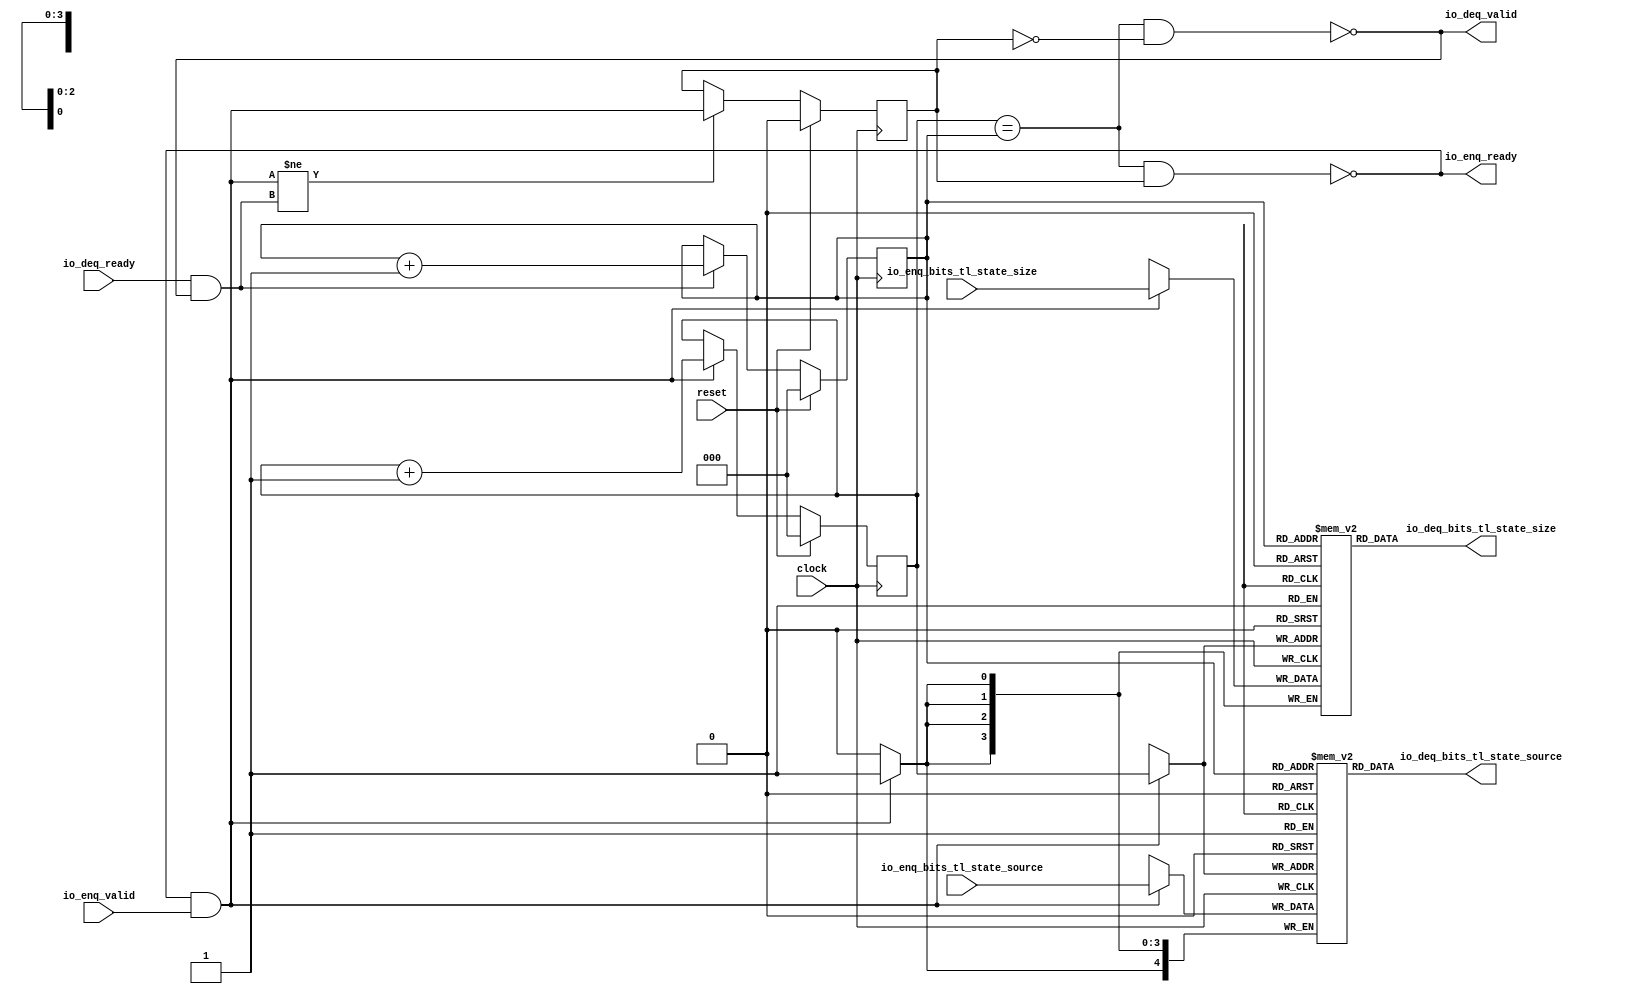
module QueueCompatibility_1( // @[:freechips.rocketchip.system.DefaultRV32Config.fir@22804.2]
  input        clock, // @[:freechips.rocketchip.system.DefaultRV32Config.fir@22805.4]
  input        reset, // @[:freechips.rocketchip.system.DefaultRV32Config.fir@22806.4]
  output       io_enq_ready, // @[:freechips.rocketchip.system.DefaultRV32Config.fir@22807.4]
  input        io_enq_valid, // @[:freechips.rocketchip.system.DefaultRV32Config.fir@22807.4]
  input  [3:0] io_enq_bits_tl_state_size, // @[:freechips.rocketchip.system.DefaultRV32Config.fir@22807.4]
  input  [4:0] io_enq_bits_tl_state_source, // @[:freechips.rocketchip.system.DefaultRV32Config.fir@22807.4]
  input        io_deq_ready, // @[:freechips.rocketchip.system.DefaultRV32Config.fir@22807.4]
  output       io_deq_valid, // @[:freechips.rocketchip.system.DefaultRV32Config.fir@22807.4]
  output [3:0] io_deq_bits_tl_state_size, // @[:freechips.rocketchip.system.DefaultRV32Config.fir@22807.4]
  output [4:0] io_deq_bits_tl_state_source // @[:freechips.rocketchip.system.DefaultRV32Config.fir@22807.4]
);
`ifdef RANDOMIZE_MEM_INIT
  reg [31:0] _RAND_0;
  reg [31:0] _RAND_1;
`endif // RANDOMIZE_MEM_INIT
`ifdef RANDOMIZE_REG_INIT
  reg [31:0] _RAND_2;
  reg [31:0] _RAND_3;
  reg [31:0] _RAND_4;
`endif // RANDOMIZE_REG_INIT
  reg [3:0] ram_tl_state_size [0:7]; // @[Decoupled.scala 209:16:freechips.rocketchip.system.DefaultRV32Config.fir@22812.4]
  wire [3:0] ram_tl_state_size__T_11_data; // @[Decoupled.scala 209:16:freechips.rocketchip.system.DefaultRV32Config.fir@22812.4]
  wire [2:0] ram_tl_state_size__T_11_addr; // @[Decoupled.scala 209:16:freechips.rocketchip.system.DefaultRV32Config.fir@22812.4]
  wire [3:0] ram_tl_state_size__T_3_data; // @[Decoupled.scala 209:16:freechips.rocketchip.system.DefaultRV32Config.fir@22812.4]
  wire [2:0] ram_tl_state_size__T_3_addr; // @[Decoupled.scala 209:16:freechips.rocketchip.system.DefaultRV32Config.fir@22812.4]
  wire  ram_tl_state_size__T_3_mask; // @[Decoupled.scala 209:16:freechips.rocketchip.system.DefaultRV32Config.fir@22812.4]
  wire  ram_tl_state_size__T_3_en; // @[Decoupled.scala 209:16:freechips.rocketchip.system.DefaultRV32Config.fir@22812.4]
  reg [4:0] ram_tl_state_source [0:7]; // @[Decoupled.scala 209:16:freechips.rocketchip.system.DefaultRV32Config.fir@22812.4]
  wire [4:0] ram_tl_state_source__T_11_data; // @[Decoupled.scala 209:16:freechips.rocketchip.system.DefaultRV32Config.fir@22812.4]
  wire [2:0] ram_tl_state_source__T_11_addr; // @[Decoupled.scala 209:16:freechips.rocketchip.system.DefaultRV32Config.fir@22812.4]
  wire [4:0] ram_tl_state_source__T_3_data; // @[Decoupled.scala 209:16:freechips.rocketchip.system.DefaultRV32Config.fir@22812.4]
  wire [2:0] ram_tl_state_source__T_3_addr; // @[Decoupled.scala 209:16:freechips.rocketchip.system.DefaultRV32Config.fir@22812.4]
  wire  ram_tl_state_source__T_3_mask; // @[Decoupled.scala 209:16:freechips.rocketchip.system.DefaultRV32Config.fir@22812.4]
  wire  ram_tl_state_source__T_3_en; // @[Decoupled.scala 209:16:freechips.rocketchip.system.DefaultRV32Config.fir@22812.4]
  reg [2:0] enq_ptr_value; // @[Counter.scala 29:33:freechips.rocketchip.system.DefaultRV32Config.fir@22813.4]
  reg [2:0] deq_ptr_value; // @[Counter.scala 29:33:freechips.rocketchip.system.DefaultRV32Config.fir@22814.4]
  reg  maybe_full; // @[Decoupled.scala 212:27:freechips.rocketchip.system.DefaultRV32Config.fir@22815.4]
  wire  ptr_match; // @[Decoupled.scala 214:33:freechips.rocketchip.system.DefaultRV32Config.fir@22816.4]
  wire  _T; // @[Decoupled.scala 215:28:freechips.rocketchip.system.DefaultRV32Config.fir@22817.4]
  wire  empty; // @[Decoupled.scala 215:25:freechips.rocketchip.system.DefaultRV32Config.fir@22818.4]
  wire  full; // @[Decoupled.scala 216:24:freechips.rocketchip.system.DefaultRV32Config.fir@22819.4]
  wire  do_enq; // @[Decoupled.scala 40:37:freechips.rocketchip.system.DefaultRV32Config.fir@22820.4]
  wire  do_deq; // @[Decoupled.scala 40:37:freechips.rocketchip.system.DefaultRV32Config.fir@22824.4]
  wire [2:0] _T_5; // @[Counter.scala 39:22:freechips.rocketchip.system.DefaultRV32Config.fir@22833.6]
  wire [2:0] _T_7; // @[Counter.scala 39:22:freechips.rocketchip.system.DefaultRV32Config.fir@22839.6]
  wire  _T_8; // @[Decoupled.scala 227:16:freechips.rocketchip.system.DefaultRV32Config.fir@22842.4]
  assign ram_tl_state_size__T_11_addr = deq_ptr_value;
  assign ram_tl_state_size__T_11_data = ram_tl_state_size[ram_tl_state_size__T_11_addr]; // @[Decoupled.scala 209:16:freechips.rocketchip.system.DefaultRV32Config.fir@22812.4]
  assign ram_tl_state_size__T_3_data = io_enq_bits_tl_state_size;
  assign ram_tl_state_size__T_3_addr = enq_ptr_value;
  assign ram_tl_state_size__T_3_mask = 1'h1;
  assign ram_tl_state_size__T_3_en = io_enq_ready & io_enq_valid;
  assign ram_tl_state_source__T_11_addr = deq_ptr_value;
  assign ram_tl_state_source__T_11_data = ram_tl_state_source[ram_tl_state_source__T_11_addr]; // @[Decoupled.scala 209:16:freechips.rocketchip.system.DefaultRV32Config.fir@22812.4]
  assign ram_tl_state_source__T_3_data = io_enq_bits_tl_state_source;
  assign ram_tl_state_source__T_3_addr = enq_ptr_value;
  assign ram_tl_state_source__T_3_mask = 1'h1;
  assign ram_tl_state_source__T_3_en = io_enq_ready & io_enq_valid;
  assign ptr_match = enq_ptr_value == deq_ptr_value; // @[Decoupled.scala 214:33:freechips.rocketchip.system.DefaultRV32Config.fir@22816.4]
  assign _T = ~maybe_full; // @[Decoupled.scala 215:28:freechips.rocketchip.system.DefaultRV32Config.fir@22817.4]
  assign empty = ptr_match & _T; // @[Decoupled.scala 215:25:freechips.rocketchip.system.DefaultRV32Config.fir@22818.4]
  assign full = ptr_match & maybe_full; // @[Decoupled.scala 216:24:freechips.rocketchip.system.DefaultRV32Config.fir@22819.4]
  assign do_enq = io_enq_ready & io_enq_valid; // @[Decoupled.scala 40:37:freechips.rocketchip.system.DefaultRV32Config.fir@22820.4]
  assign do_deq = io_deq_ready & io_deq_valid; // @[Decoupled.scala 40:37:freechips.rocketchip.system.DefaultRV32Config.fir@22824.4]
  assign _T_5 = enq_ptr_value + 3'h1; // @[Counter.scala 39:22:freechips.rocketchip.system.DefaultRV32Config.fir@22833.6]
  assign _T_7 = deq_ptr_value + 3'h1; // @[Counter.scala 39:22:freechips.rocketchip.system.DefaultRV32Config.fir@22839.6]
  assign _T_8 = do_enq != do_deq; // @[Decoupled.scala 227:16:freechips.rocketchip.system.DefaultRV32Config.fir@22842.4]
  assign io_enq_ready = ~full; // @[Decoupled.scala 232:16:freechips.rocketchip.system.DefaultRV32Config.fir@22849.4]
  assign io_deq_valid = ~empty; // @[Decoupled.scala 231:16:freechips.rocketchip.system.DefaultRV32Config.fir@22847.4]
  assign io_deq_bits_tl_state_size = ram_tl_state_size__T_11_data; // @[Decoupled.scala 233:15:freechips.rocketchip.system.DefaultRV32Config.fir@22851.4]
  assign io_deq_bits_tl_state_source = ram_tl_state_source__T_11_data; // @[Decoupled.scala 233:15:freechips.rocketchip.system.DefaultRV32Config.fir@22851.4]
`ifdef RANDOMIZE_GARBAGE_ASSIGN
`define RANDOMIZE
`endif
`ifdef RANDOMIZE_INVALID_ASSIGN
`define RANDOMIZE
`endif
`ifdef RANDOMIZE_REG_INIT
`define RANDOMIZE
`endif
`ifdef RANDOMIZE_MEM_INIT
`define RANDOMIZE
`endif
`ifndef RANDOM
`define RANDOM $random
`endif
`ifdef RANDOMIZE_MEM_INIT
  integer initvar;
`endif
`ifndef SYNTHESIS
`ifdef FIRRTL_BEFORE_INITIAL
`FIRRTL_BEFORE_INITIAL
`endif
initial begin
  `ifdef RANDOMIZE
    `ifdef INIT_RANDOM
      `INIT_RANDOM
    `endif
    `ifndef VERILATOR
      `ifdef RANDOMIZE_DELAY
        #`RANDOMIZE_DELAY begin end
      `else
        #0.002 begin end
      `endif
    `endif
`ifdef RANDOMIZE_MEM_INIT
  _RAND_0 = {1{`RANDOM}};
  for (initvar = 0; initvar < 8; initvar = initvar+1)
    ram_tl_state_size[initvar] = _RAND_0[3:0];
  _RAND_1 = {1{`RANDOM}};
  for (initvar = 0; initvar < 8; initvar = initvar+1)
    ram_tl_state_source[initvar] = _RAND_1[4:0];
`endif // RANDOMIZE_MEM_INIT
`ifdef RANDOMIZE_REG_INIT
  _RAND_2 = {1{`RANDOM}};
  enq_ptr_value = _RAND_2[2:0];
  _RAND_3 = {1{`RANDOM}};
  deq_ptr_value = _RAND_3[2:0];
  _RAND_4 = {1{`RANDOM}};
  maybe_full = _RAND_4[0:0];
`endif // RANDOMIZE_REG_INIT
  `endif // RANDOMIZE
end // initial
`ifdef FIRRTL_AFTER_INITIAL
`FIRRTL_AFTER_INITIAL
`endif
`endif // SYNTHESIS
  always @(posedge clock) begin
    if(ram_tl_state_size__T_3_en & ram_tl_state_size__T_3_mask) begin
      ram_tl_state_size[ram_tl_state_size__T_3_addr] <= ram_tl_state_size__T_3_data; // @[Decoupled.scala 209:16:freechips.rocketchip.system.DefaultRV32Config.fir@22812.4]
    end
    if(ram_tl_state_source__T_3_en & ram_tl_state_source__T_3_mask) begin
      ram_tl_state_source[ram_tl_state_source__T_3_addr] <= ram_tl_state_source__T_3_data; // @[Decoupled.scala 209:16:freechips.rocketchip.system.DefaultRV32Config.fir@22812.4]
    end
    if (reset) begin
      enq_ptr_value <= 3'h0;
    end else if (do_enq) begin
      enq_ptr_value <= _T_5;
    end
    if (reset) begin
      deq_ptr_value <= 3'h0;
    end else if (do_deq) begin
      deq_ptr_value <= _T_7;
    end
    if (reset) begin
      maybe_full <= 1'h0;
    end else if (_T_8) begin
      maybe_full <= do_enq;
    end
  end
endmodule